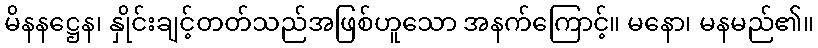
မိနနဋ္ဌေန၊ နှိုင်းချင့်တတ်သည်အဖြစ်ဟူသော အနက်ကြောင့်။ မနော၊ မနမည်၏။